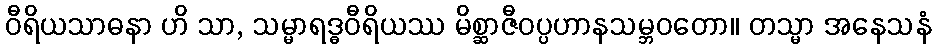
ဝီရိယသာဓနာ ဟိ သာ, သမ္မာရဒ္ဓဝီရိယဿ မိစ္ဆာဇီဝပ္ပဟာနသမ္ဘဝတော။ တသ္မာ အနေသနံ